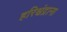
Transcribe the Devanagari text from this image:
हरिश्चंद्राना